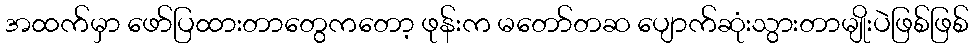
အထက်မှာ ဖော်ပြထားတာတွေကတော့ ဖုန်းက မတော်တဆ ပျောက်ဆုံးသွားတာမျိုးပဲဖြစ်ဖြစ်